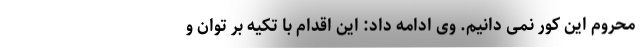
محروم این کور نمی دانیم. وی ادامه داد: این اقدام با تکیه بر توان و